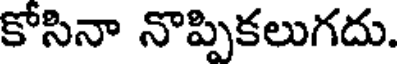
కోసినా నొప్పికలుగదు.